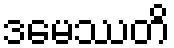
ဒမေဿတိ